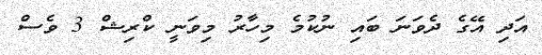
އަދި އޭގެ ދެވަނަ ބައި ނުކުމެ މިހާރު މިވަނީ ކްރިޝް 3 ވެސް